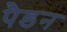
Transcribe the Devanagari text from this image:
पैडन